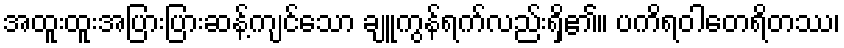
အထူးထူးအပြားပြားဆန့်ကျင်သော ချူကွန်ရက်လည်းရှိ၏။ ပကိရဝါတေရိတဿ၊